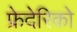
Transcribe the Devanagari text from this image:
फ्रेदेरिको